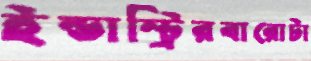
ইন্ডাস্ট্রিরবারোটা